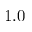
1 . 0